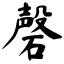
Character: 磬